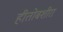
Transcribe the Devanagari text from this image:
हीतोबशीरा